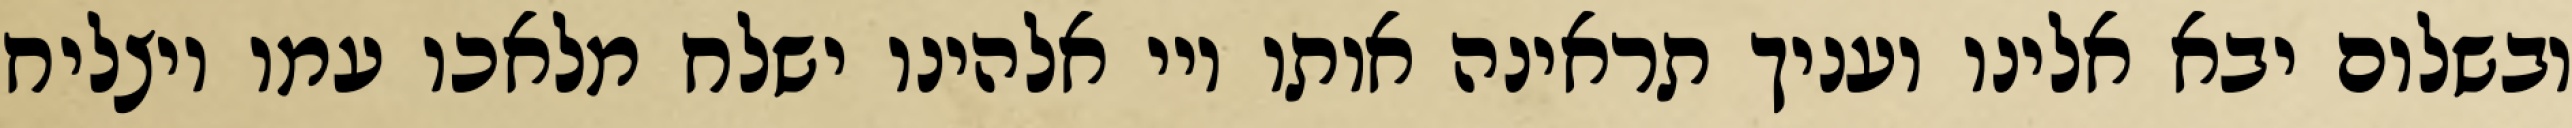
ובשלום יבא אלינו ועניך תראינה אותו ויי אלהינו ישלח מלאכו עמו ויצליח